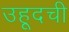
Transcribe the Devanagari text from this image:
उहूदची